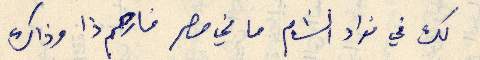
لك في فواد الشام ما في مصر فارحم ذا وذاك